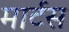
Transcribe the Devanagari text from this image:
मार्टस